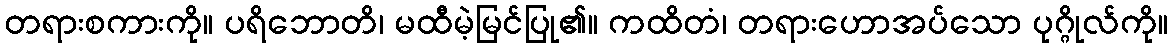
တရားစကားကို။ ပရိဘောတိ၊ မထီမဲ့မြင်ပြု၏။ ကထိတံ၊ တရားဟောအပ်သော ပုဂ္ဂိုလ်ကို။